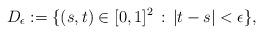
LaTeX: \begin{align*} D_\epsilon:= \{(s,t)\in [0,1]^2\, : \, |t-s|<\epsilon\}, \end{align*}